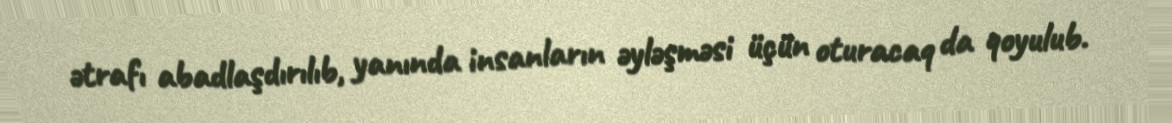
ətrafı abadlaşdırılıb, yanında insanların əyləşməsi üçün oturacaq da qoyulub.